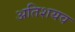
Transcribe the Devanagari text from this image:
अतिशयव